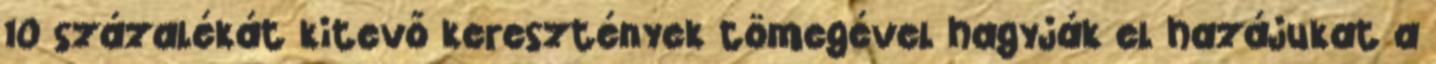
10 százalékát kitevő keresztények tömegével hagyják el hazájukat a